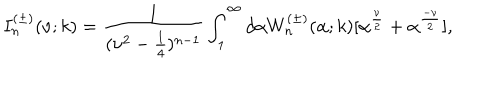
I _ { n } ^ { ( \pm ) } ( \nu ; k ) = \frac { 1 } { ( \nu ^ { 2 } - \frac { 1 } { 4 } ) ^ { n - 1 } } \int _ { 1 } ^ { \infty } d \alpha W _ { n } ^ { ( \pm ) } ( \alpha ; k ) [ \alpha ^ { \frac { \nu } { 2 } } + \alpha ^ { \frac { - \nu } { 2 } } ] ,